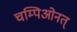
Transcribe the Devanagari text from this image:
चम्पिओनत्